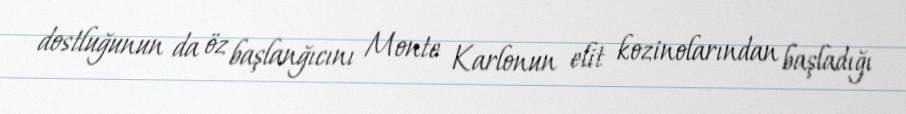
dostluğunun da öz başlanğıcını Monte Karlonun elit kozinolarından başladığı